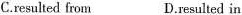
C.resulted from D.resulted in